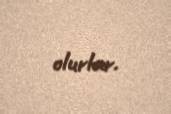
olurlar.